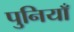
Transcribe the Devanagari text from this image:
पुनियाँ